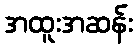
အထူးအဆန်း